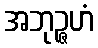
အဘုဉ္ဇဟံ